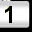
Digit: 1